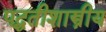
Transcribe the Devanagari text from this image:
पद्धतीशास्त्रीय